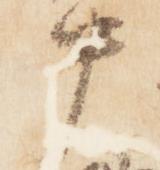
中